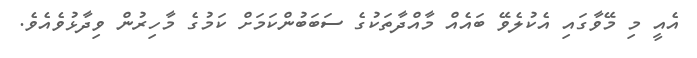
އެއީ މި މޭވާގައި އެކުލެވޭ ބައެއް މާއްދާތަކުގެ ސަބަބުންކަމަށް ކަމުގެ މާހިރުން ވިދާޅުވެއެވެ.